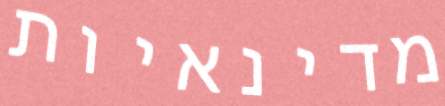
מדינאיות